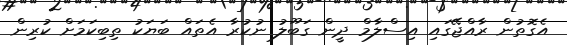
އެގޮތުން ރާއްޖޭގައި އިސްލާމް ދީން ގަބޫލު ނުކުރާ އެތައް ބަޔަކު ތިބިކަމަށް ކުރިން